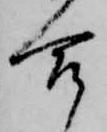
合